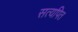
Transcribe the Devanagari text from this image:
सत्यपित